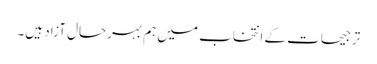
ترجیحات کے انتخاب میں ہم بہرحال آزاد ہیں۔